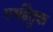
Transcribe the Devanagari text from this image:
गर्भहेतुक